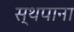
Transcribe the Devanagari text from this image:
स्थपाना